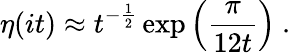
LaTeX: \eta(it)\approx t^{-\frac{1}{2}}\exp\left(\frac{\pi}{12t}\right)~.